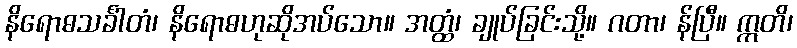
နိရောဓသင်္ခါတံ၊ နိရောဓဟုဆိုအပ်သော။ အတ္ထံ၊ ချုပ်ခြင်းသို့။ ဂတာ၊ န်ပြီ။ ဣတိ၊